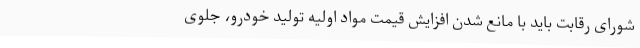
شورای رقابت باید با مانع شدن افزایش قیمت مواد اولیه تولید خودرو، جلوی